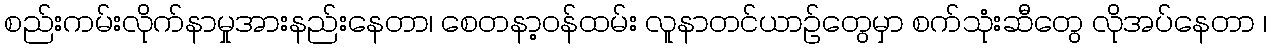
စည်းကမ်းလိုက်နာမှုအားနည်းနေတာ၊ စေတနာ့ဝန်ထမ်း လူနာတင်ယာဉ်တွေမှာ စက်သုံးဆီတွေ လိုအပ်နေတာ ၊